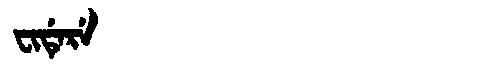
Manchu: ᠸᡳᡩᡝᡵᡝ
Romanization: FIDERE